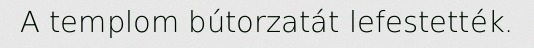
A templom bútorzatát lefestették.